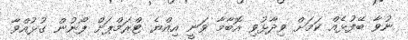
ނުވާ ބޭފުޅެއް ކަމަށް ވިދާޅުވި އޮބާމާ ވަނީ އިއްޔެ ޓްރަމްޕަށް ފޯނުން ގުޅުއްވާ